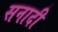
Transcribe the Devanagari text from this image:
सनादी